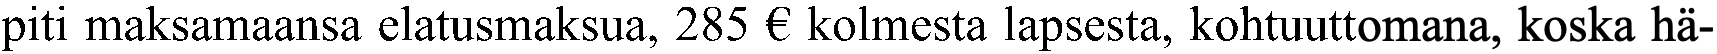
piti maksamaansa elatusmaksua, 285 € kolmesta lapsesta, kohtuuttomana, koska hä-